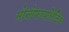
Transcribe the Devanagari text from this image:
मोनोफायलिटिक